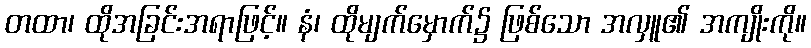
တထာ၊ ထိုအခြင်းအရာဖြင့်။ နံ၊ ထိုမျက်မှောက်၌ ဖြစ်သော အလှူ၏ အကျိုးကို။